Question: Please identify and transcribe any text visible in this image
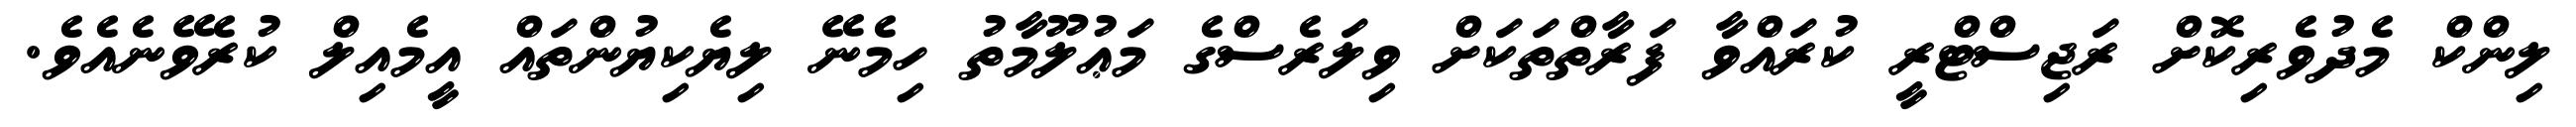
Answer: ލިންކް މެދުވެރިކޮށް ރަޖިސްޓްރީ ކުރައްވާ ފަރާތްތަކަށް ވިލަރެސްގެ މަޢުލޫމާތު ހިމެނޭ ލިޔެކިޔުންތައް އީމެއިލް ކުރެވޭނެއެވެ.